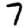
Digit: 7